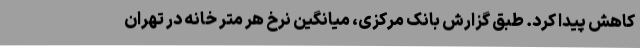
کاهش پیدا کرد. طبق گزارش بانک مرکزی، میانگین نرخ هر متر خانه در تهران